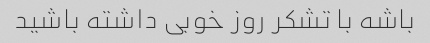
باشه با تشکر روز خوبی داشته باشید